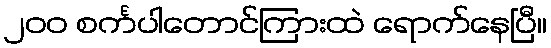
၂၀၀ စင်္ကပါတောင်ကြားထဲ ရောက်နေပြီ။